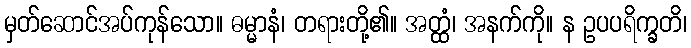
မှတ်ဆောင်အပ်ကုန်သော။ ဓမ္မာနံ၊ တရားတို့၏။ အတ္ထံ၊ အနက်ကို။ န ဥပပရိက္ခတိ၊